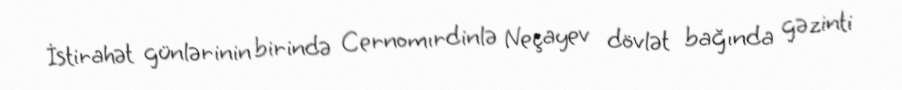
İstirahət günlərinin birində Cernomırdinlə Neçayev dövlət bağında gəzinti